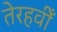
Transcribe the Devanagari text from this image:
तेरहवीँ